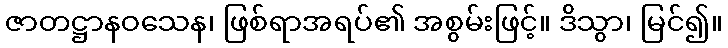
ဇာတဋ္ဌာနဝသေန၊ ဖြစ်ရာအရပ်၏ အစွမ်းဖြင့်။ ဒိသွာ၊ မြင်၍။